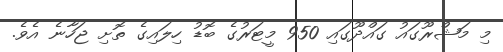
މި މަޝްރޫގައު ގައްދޫގައި 950 މީޓަރުގެ ބޮޑު ހިލައިގެ ތޮށި ޖަހާނެ އެވެ.